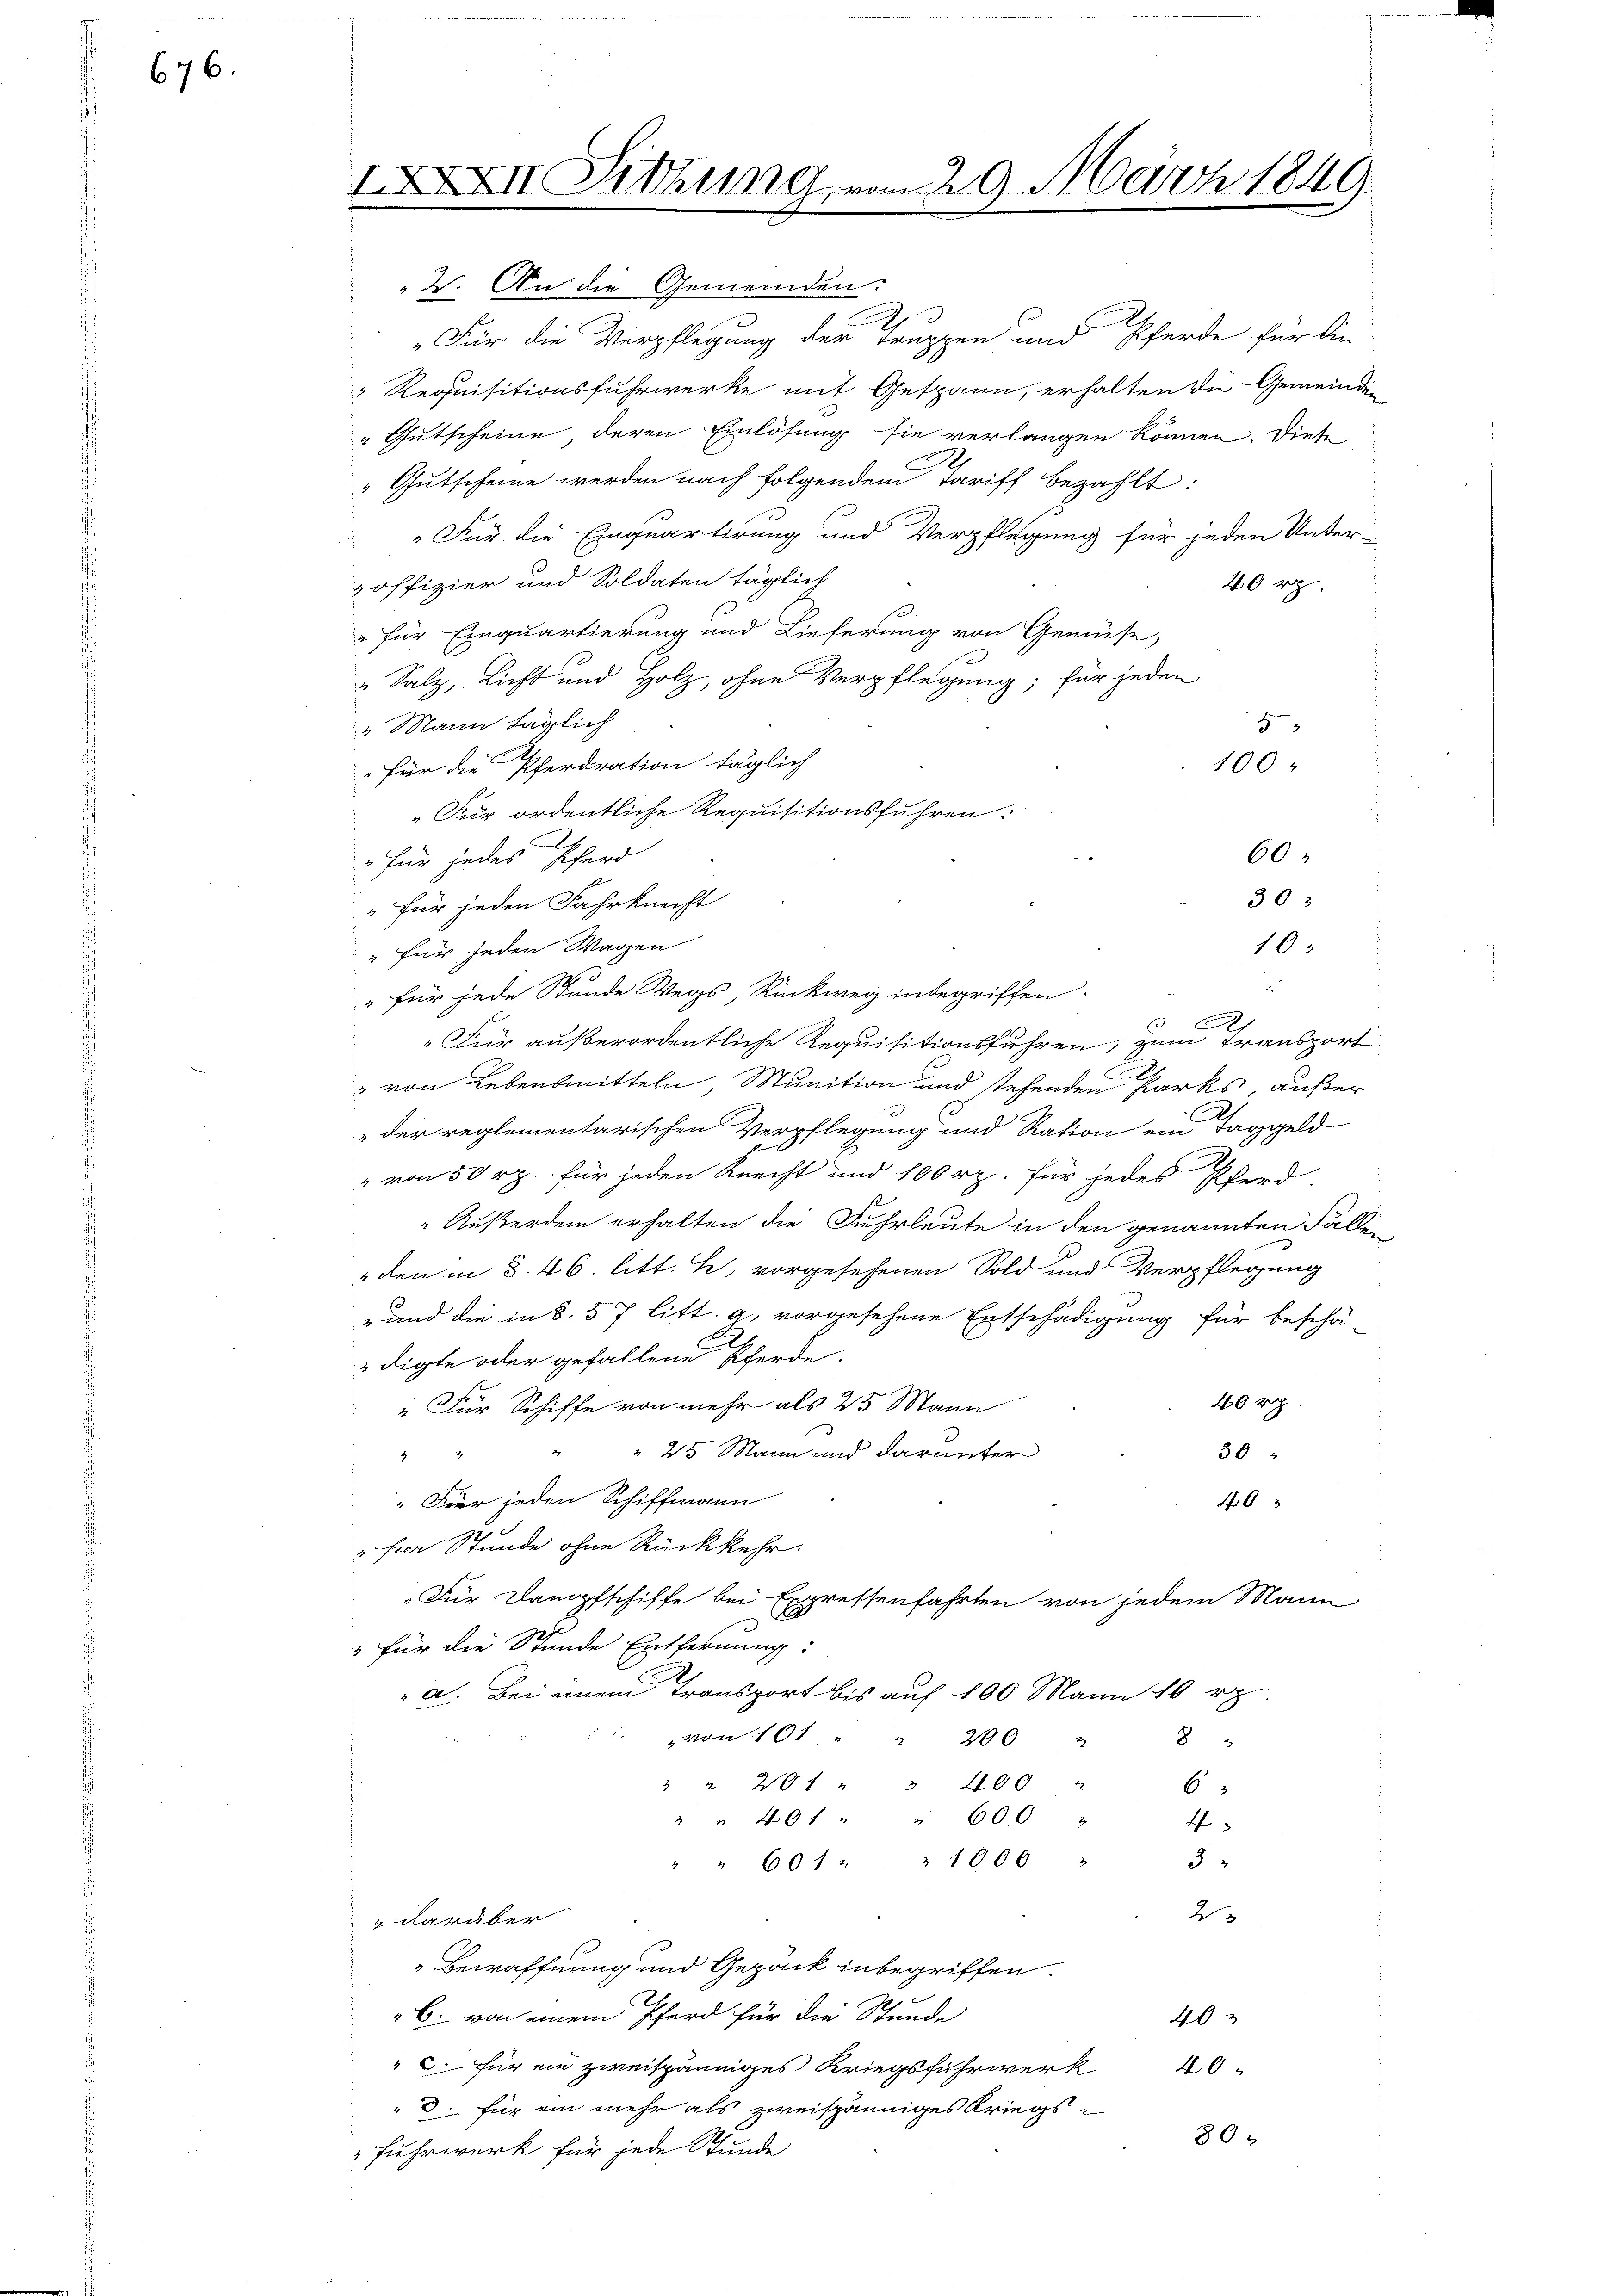
676.

IXXII. Mitung vom 29. März 1849.

2. An die Gemeinden:
Für die Verpflegung der Truppen und Pferde für die
" Requisitionsfuhrwerke mit Gespann, erhalten die Gemeinden
" Gutscheine deren Einlösung sie verlangen können. Diese
Gutscheine werden nach folgendem Tariff bezahlt:
"Für die Einquartirung und Verpflegung für jeden Unter-
offizier und Soldaten täglich
40 rp.
" für Einquartierung und Lieferung von Gemüse,
" Salz, Licht und Holz, ohne Verpflegung; für jeden
„Mann täglich
5
100.
Für die Pferdration täglich
„Für ordentliche Requisitionsführen:
60
"Für jedes Pferd
303
" für jeden Fahrknecht
10
" für jeden Wagen
1
" für jede Stunde Wegs, Rückweg inbegriffen.
A
„Für außerordentliche Requisitionsführen, zum Transport
" von Lebensmitteln Munition und stehenden Parks, außer
" der reglementarischen Verpflegung und Ration ein Taggeld
" von 50 rp. für jeden Knecht und 100 rp. für jedes Pferd-
Außerdem erhalten die Fuhrleute in den genannten Fällen
" den in § 46. litt. h, vorgesehenen Sold und Verpflegung
" und die in §. 57 litt. a. vorgesehene Entschädigung für beschä
digte oder gefallene Kherde.
40 rp.
"Für Schiffe von mehr als 25 Mann
 25 Mann und darunter
30
.
"Für jeden Schiffmann
46
" per Stunde ohne Rückkehr.
„Für Dampfschiffe bei Expressenfahrten von jedem Mann
" für die Stunde Entfernung:
a. Bei einem Transport bis auf 100 Mann 10 rp
" " " von 101. " " 200 "
8
2 " 201 " " 400
6
" " 491 " " 600
4
5
" " 601 " " 1000
2
 darüber
Bewaffnung und Gepäck inbegriffen.
C. von einem Pferd für die Stunde
40
". für ein zweispänniges Kriegsfuhrwerk
40
8. für ein mehr als zweispänniges Kriegs¬
802
Fuhrwerk für jede Stunde